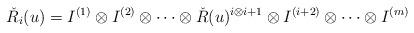
LaTeX: \begin{align*} \check{R}_i(u)= I^{(1)}\otimes I^{(2)}\otimes \cdots \otimes \check{R}(u) ^ {i \otimes i+1} \otimes I^{(i+2)} \otimes \cdots \otimes I^{(m)}\end{align*}